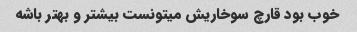
خوب بود قارچ سوخاریش میتونست بیشتر و بهتر باشه